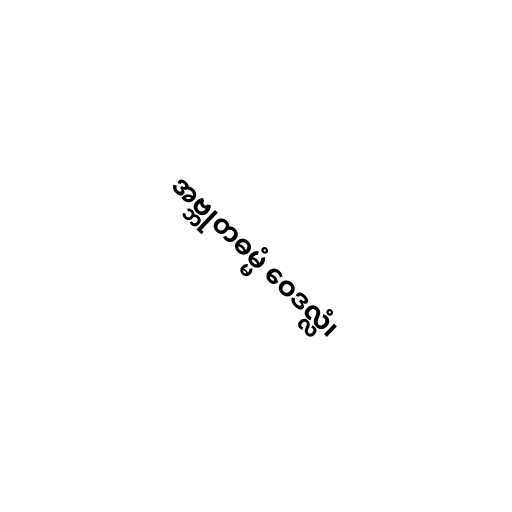
အဗ္ဘုတဓမ္မံ ဝေဒလ္လံ၊